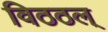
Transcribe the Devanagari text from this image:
विठठल्